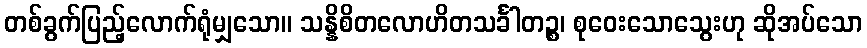
တစ်ခွက်ပြည့်လောက်ရုံမျှသော။ သန္နိစိတလောဟိတသင်္ခါတဉ္စ၊ စုဝေးသောသွေးဟု ဆိုအပ်သော